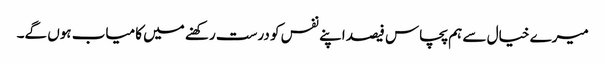
میرے خیال سے ہم پچاس فیصد اپنے نفس کو درست رکھنے میں کامیاب ہوں گے۔